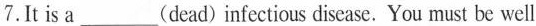
7.It is a___(dead) infectious disease. You must be well